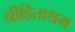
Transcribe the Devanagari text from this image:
श्रीहिताश्रम